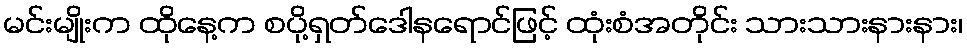
မင်းမျိုးက ထိုနေ့က စပို့ရှတ်ဒေါနရောင်ဖြင့် ထုံးစံအတိုင်း သားသားနားနား၊